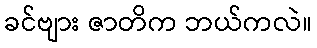
ခင်ဗျား ဇာတိက ဘယ်ကလဲ။